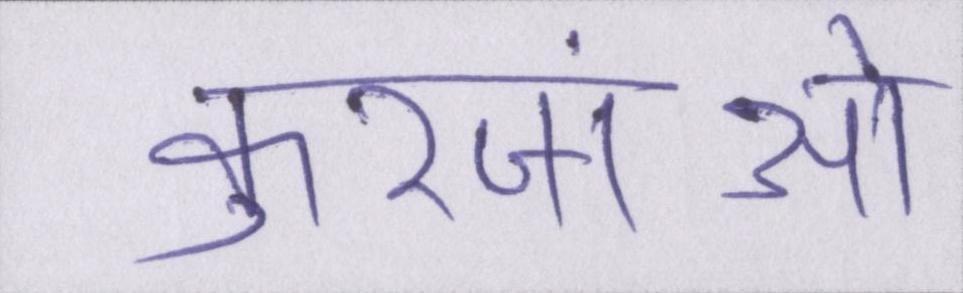
कुरजांओं